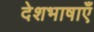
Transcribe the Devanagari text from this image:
देशभाषाएँ